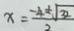
x = \frac { - 4 \pm \sqrt { 3 2 } } { 2 }